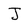
Character: J